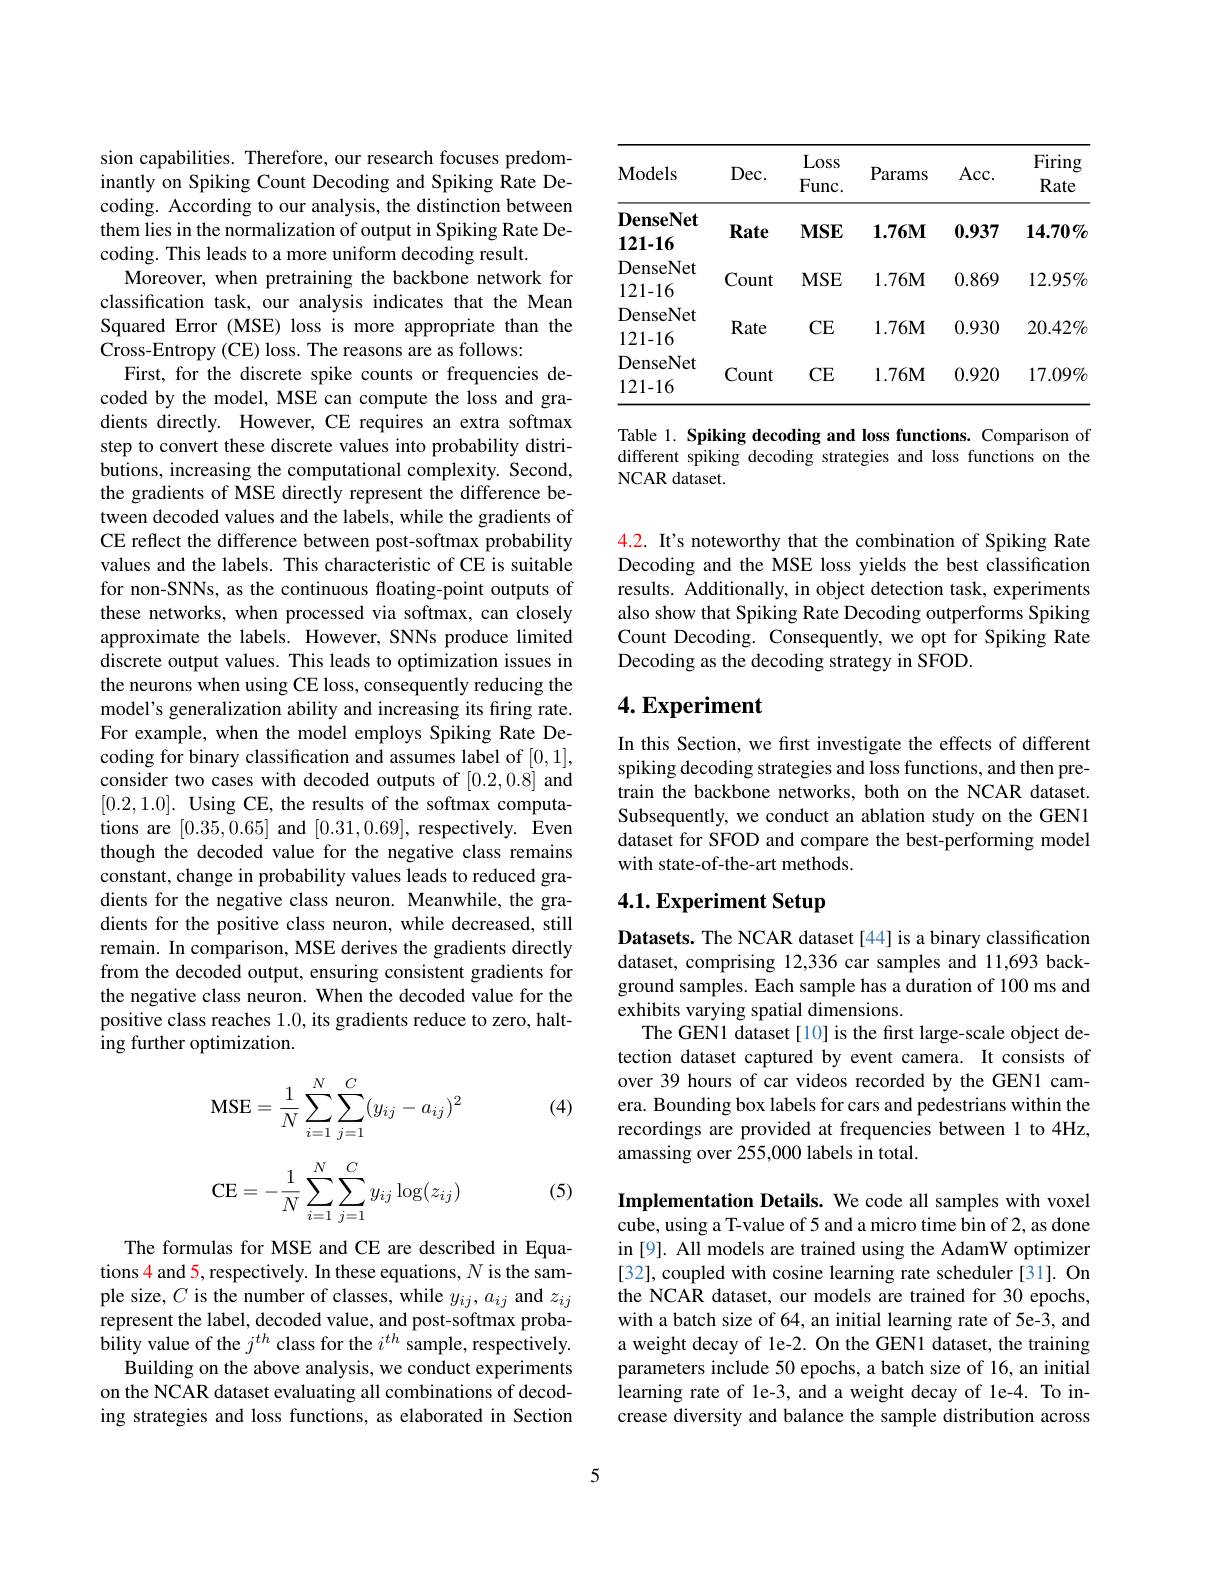
sion capabilities. Therefore, our research focuses predominantly on Spiking Count Decoding and Spiking Rate Decoding. According to our analysis, the distinction between them lies in the normalization of output in Spiking Rate Decoding. This leads to a more uniform decoding result.
Moreover, when pretraining the backbone network for classification task, our analysis indicates that the Mean Squared Error (MSE) loss is more appropriate than the Cross-Entropy (CE) loss. The reasons are as follows:
First, for the discrete spike counts or frequencies decoded by the model, MSE can compute the loss and gradients directly. However, CE requires an extra softmax step to convert these discrete values into probability distributions, increasing the computational complexity. Second, the gradients of MSE directly represent the difference between decoded values and the labels, while the gradients of CE reflect the difference between post-softmax probability values and the labels. This characteristic of CE is suitable for non-SNNs, as the continuous floating-point outputs of these networks, when processed via softmax, can closely approximate the labels. However, SNNs produce limited discrete output values. This leads to optimization issues in the neurons when using CE loss, consequently reducing the model's generalization ability and increasing its firing rate. For example, when the model employs Spiking Rate Decoding for binary classification and assumes label of [0,1], consider two cases with decoded outputs of [0.2,0.8] and [0.2,1.0]. Using CE, the results of the softmax computations are [0.35,0.65] and [0.31,0.69], respectively. Even though the decoded value for the negative class remains constant, change in probability values leads to reduced gradients for the negative class neuron. Meanwhile, the gradients for the positive class neuron, while decreased, still remain. In comparison, MSE derives the gradients directly from the decoded output, ensuring consistent gradients for the negative class neuron. When the decoded value for the positive class reaches 1.0, its gradients reduce to zero, halting further optimization.

(4)
$$\text{MSE}=\dfrac{1}{N}\sum_{i=1}^N\sum_{j=1}^C(y_{ij}-a_{ij})^2$$
$$\mathrm C\mathrm E=-\dfrac{1}{N}\sum_{i=1}^N\sum_{j=1}^Cy_{ij}\log(z_{ij})$$
(5)

The formulas for MSE and CE are described in Equations $\color{red}{4}$ and 5, respectively. In these equations, $N$ is the sample size, $C$ is the number of classes, while $y_ij,a_{ij}$ and $z_{ij}$ represent the label, decoded value, and post-softmax probability value of the $j^th$ class for the $i^th$ sample, respectively.
Building on the above analysis, we conduct experiments on the NCAR dataset evaluating all combinations of decoding strategies and loss functions, as elaborated in Section

<table>
	<tbody>
		<tr>
			<th>$\mathbf{Models}$</th>
			<th>$Dec.$</th>
			<th>Loss $Func.$</th>
			<th>Params</th>
			<th>Acc. </th>
			<th>Firing Rate</th>
		</tr>
		<tr>
			<td>$\mathbf{DenseNet}$ $12\mathbf{1-16}$</td>
			<td>Rate</td>
			<td>$MSE$</td>
			<td>$\mathbf{1.76M}$</td>
			<td>0.937</td>
			<td>$14.70\%$</td>
		</tr>
		<tr>
			<td>DenseNet 121-16</td>
			<td>Count</td>
			<td>$MSE$</td>
			<td>$1.76\mathbf{M}$</td>
			<td>0.869</td>
			<td>$12.95\%$</td>
		</tr>
		<tr>
			<td>- DenseNet 121-16</td>
			<td>Rate</td>
			<td>CE</td>
			<td>$1.76M$</td>
			<td>0.930</td>
			<td>$20.42\%$</td>
		</tr>
		<tr>
			<td>DenseNet 121-16</td>
			<td>Count</td>
			<td>CE</td>
			<td>$1.76\mathbf{M}$</td>
			<td>0.920</td>
			<td>$17.09\%$</td>
		</tr>
	</tbody>
</table>

Table 1. Spiking decoding and loss functions. Comparison of different spiking decoding strategies and loss functions on the NCAR dataset.

4.2. It's noteworthy that the combination of Spiking Rate Decoding and the MSE loss yields the best classification results. Additionally, in object detection task, experiments also show that Spiking Rate Decoding outperforms Spiking Count Decoding. Consequently, we opt for Spiking Rate Decoding as the decoding strategy in SFOD.

## $4. \textbf{Experiment}$

In this Section, we first investigate the effects of different spiking decoding strategies and loss functions, and then pretrain the backbone networks, both on the NCAR dataset. Subsequently, we conduct an ablation study on the GEN1 dataset for SFOD and compare the best-performing model with state-of-the-art methods.

## 4.1. Experiment Setup

Datasets. The NCAR dataset [44] is a binary classification dataset, comprising 12,336 car samples and 11,693 background samples. Each sample has a duration of 100 ms and exhibits varying spatial dimensions.
The GEN1 dataset[10] is the first large-scale object detection dataset captured by event camera. It consists of over 39 hours of car videos recorded by the GEN1 camera. Bounding box labels for cars and pedestrians within the recordings are provided at frequencies between 1 to 4Hz, amassing over 255,000 labels in total.

Implementation Details. We code all samples with voxel cube, using a T-value of 5 and a micro time bin of 2, as done in [9]. All models are trained using the AdamW optimizer [32], coupled with cosine learning rate scheduler [31]. On the NCAR dataset, our models are trained for 30 epochs, with a batch size of 64, an initial learning rate of 5e-3, and a weight decay of le-2. On the GEN1 dataset, the training parameters include 50 epochs, a batch size of 16, an initial learning rate of le-3, and a weight decay of le-4. To increase diversity and balance the sample distribution across

5